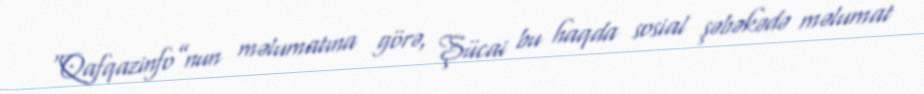
“Qafqazinfo”nun məlumatına görə, Şücai bu haqda sosial şəbəkədə məlumat